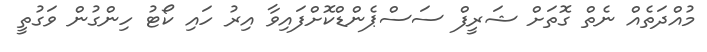
މުއްދަތެއް ނެތް ގޮތަށް ޝަރީފް ސަސްޕެންޑްކޮށްފައިވާ އިރު ހައި ކޯޓު ހިންގުން ވަގުތީ